Bréfritari: Ásgeir Tryggvi Friðgeirsson
Dagsetning: A-1895-10-26
Skrifað á: Geirseyri  V-Barð.

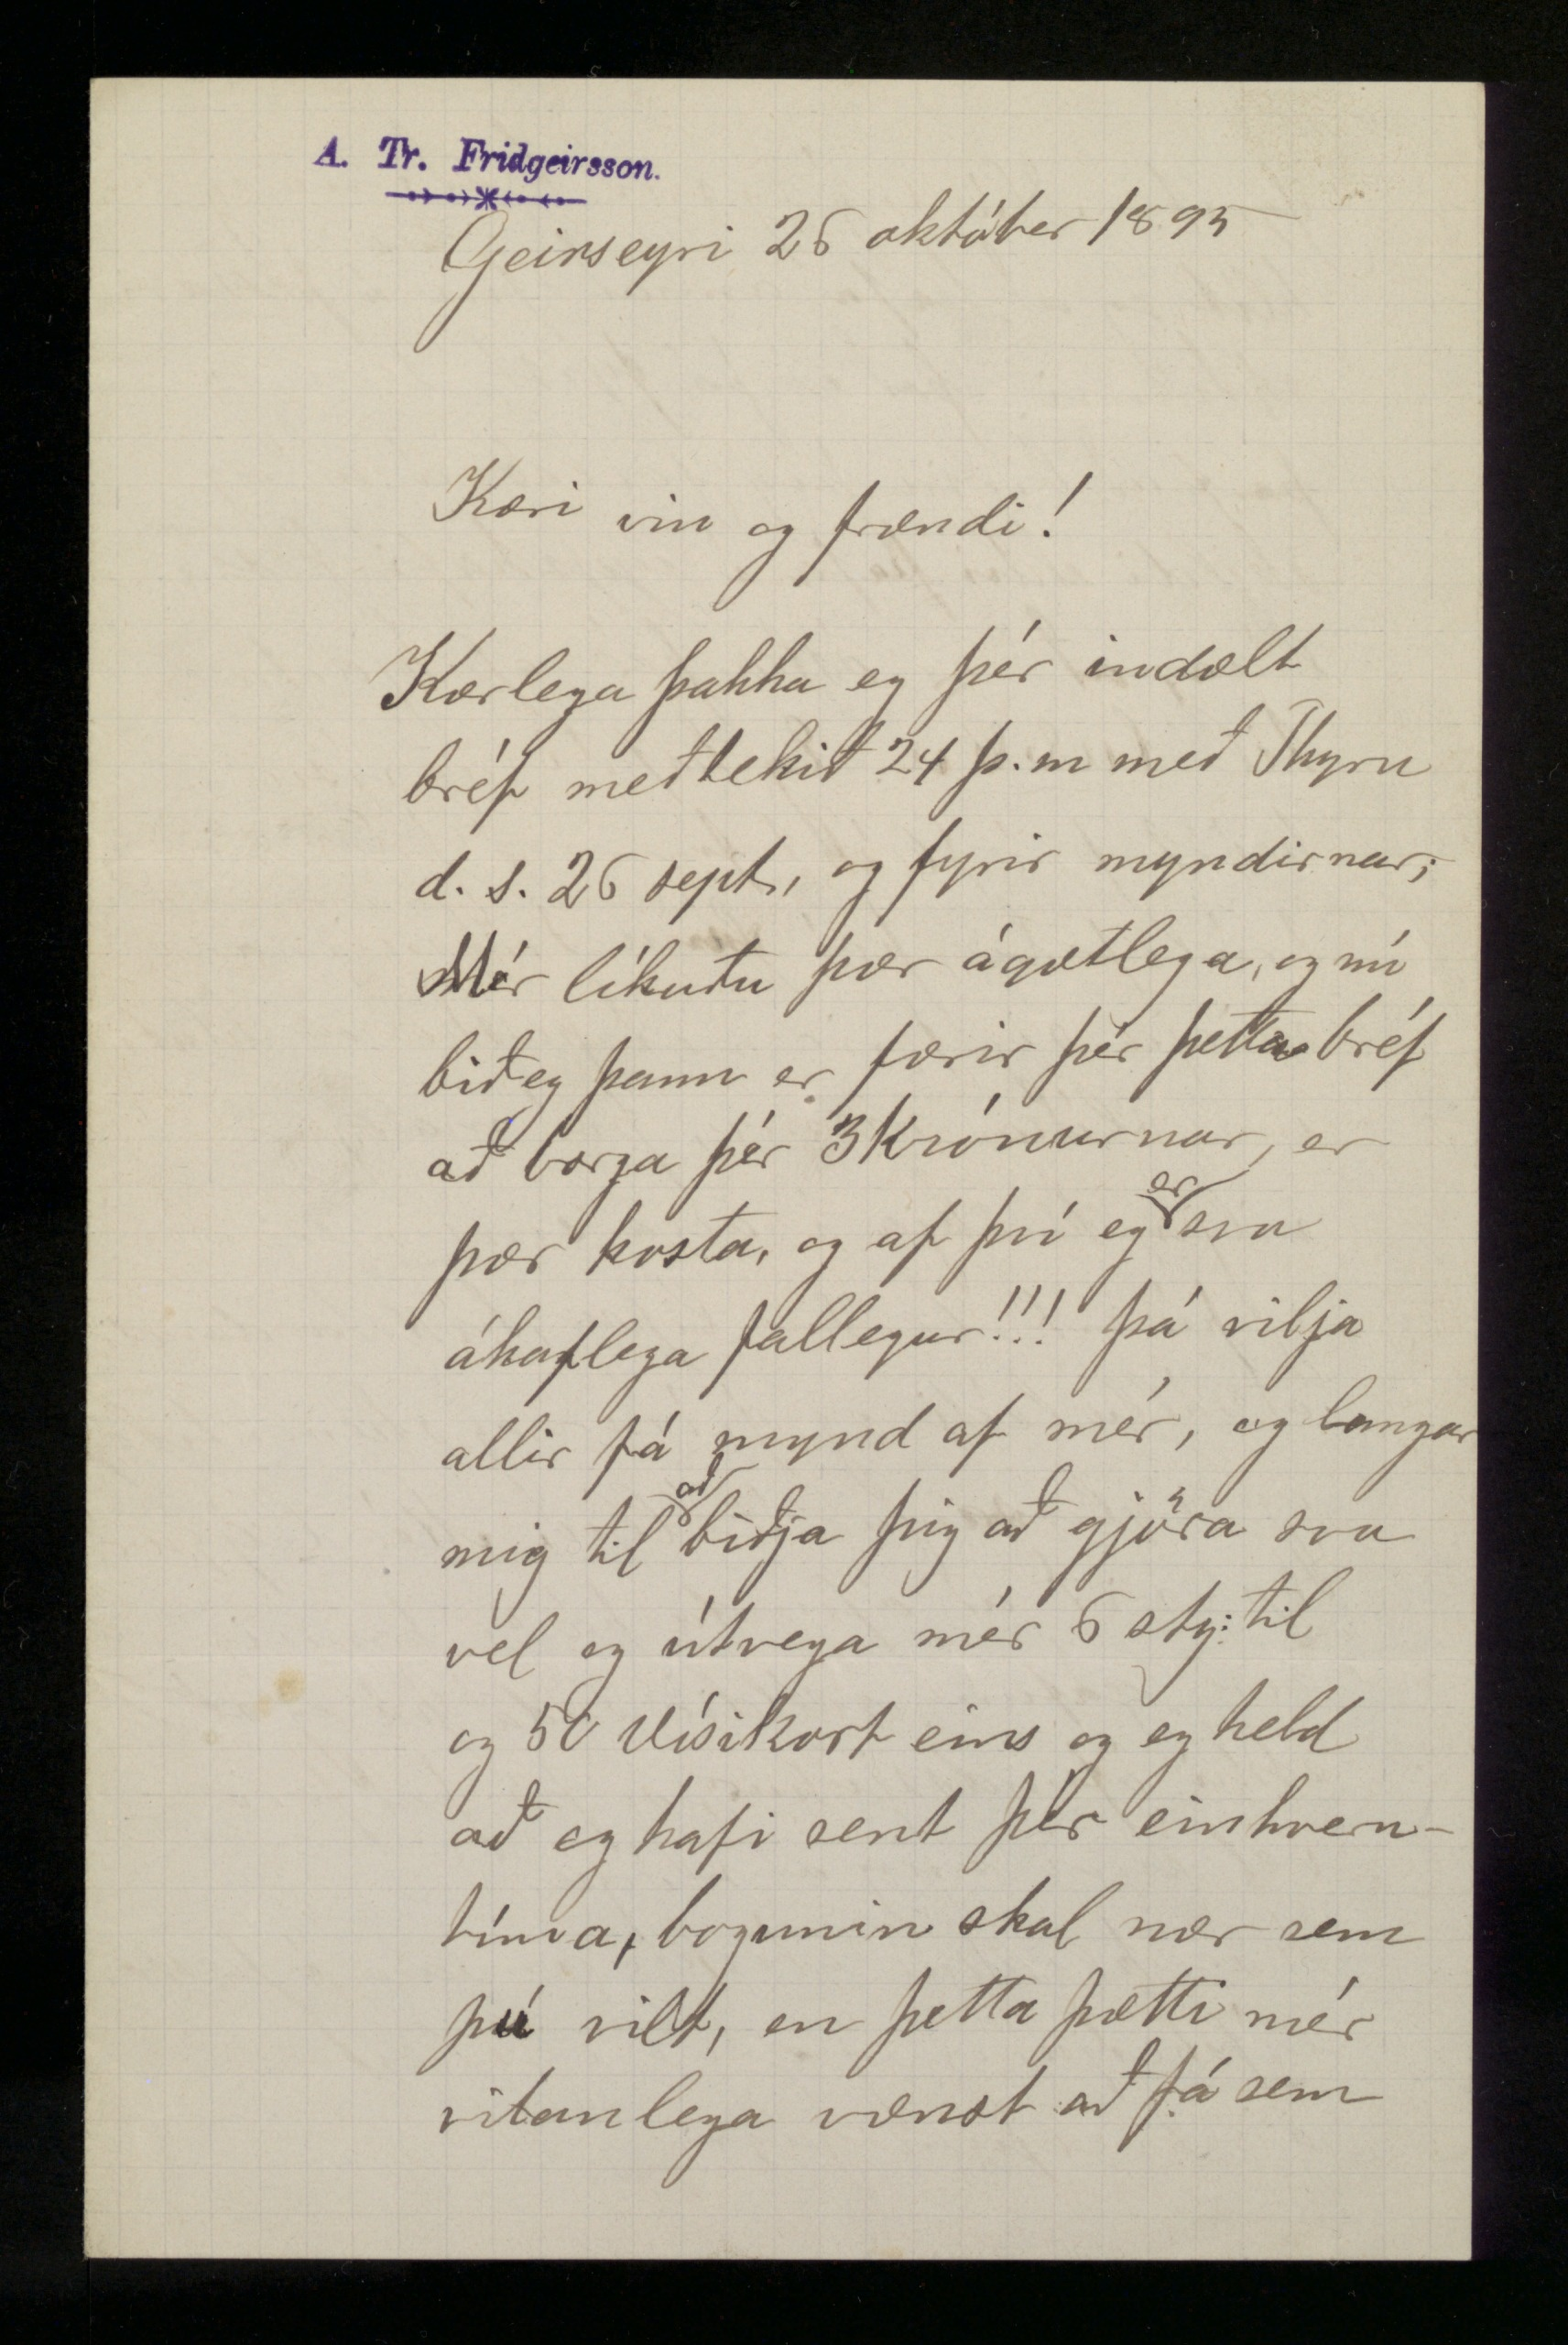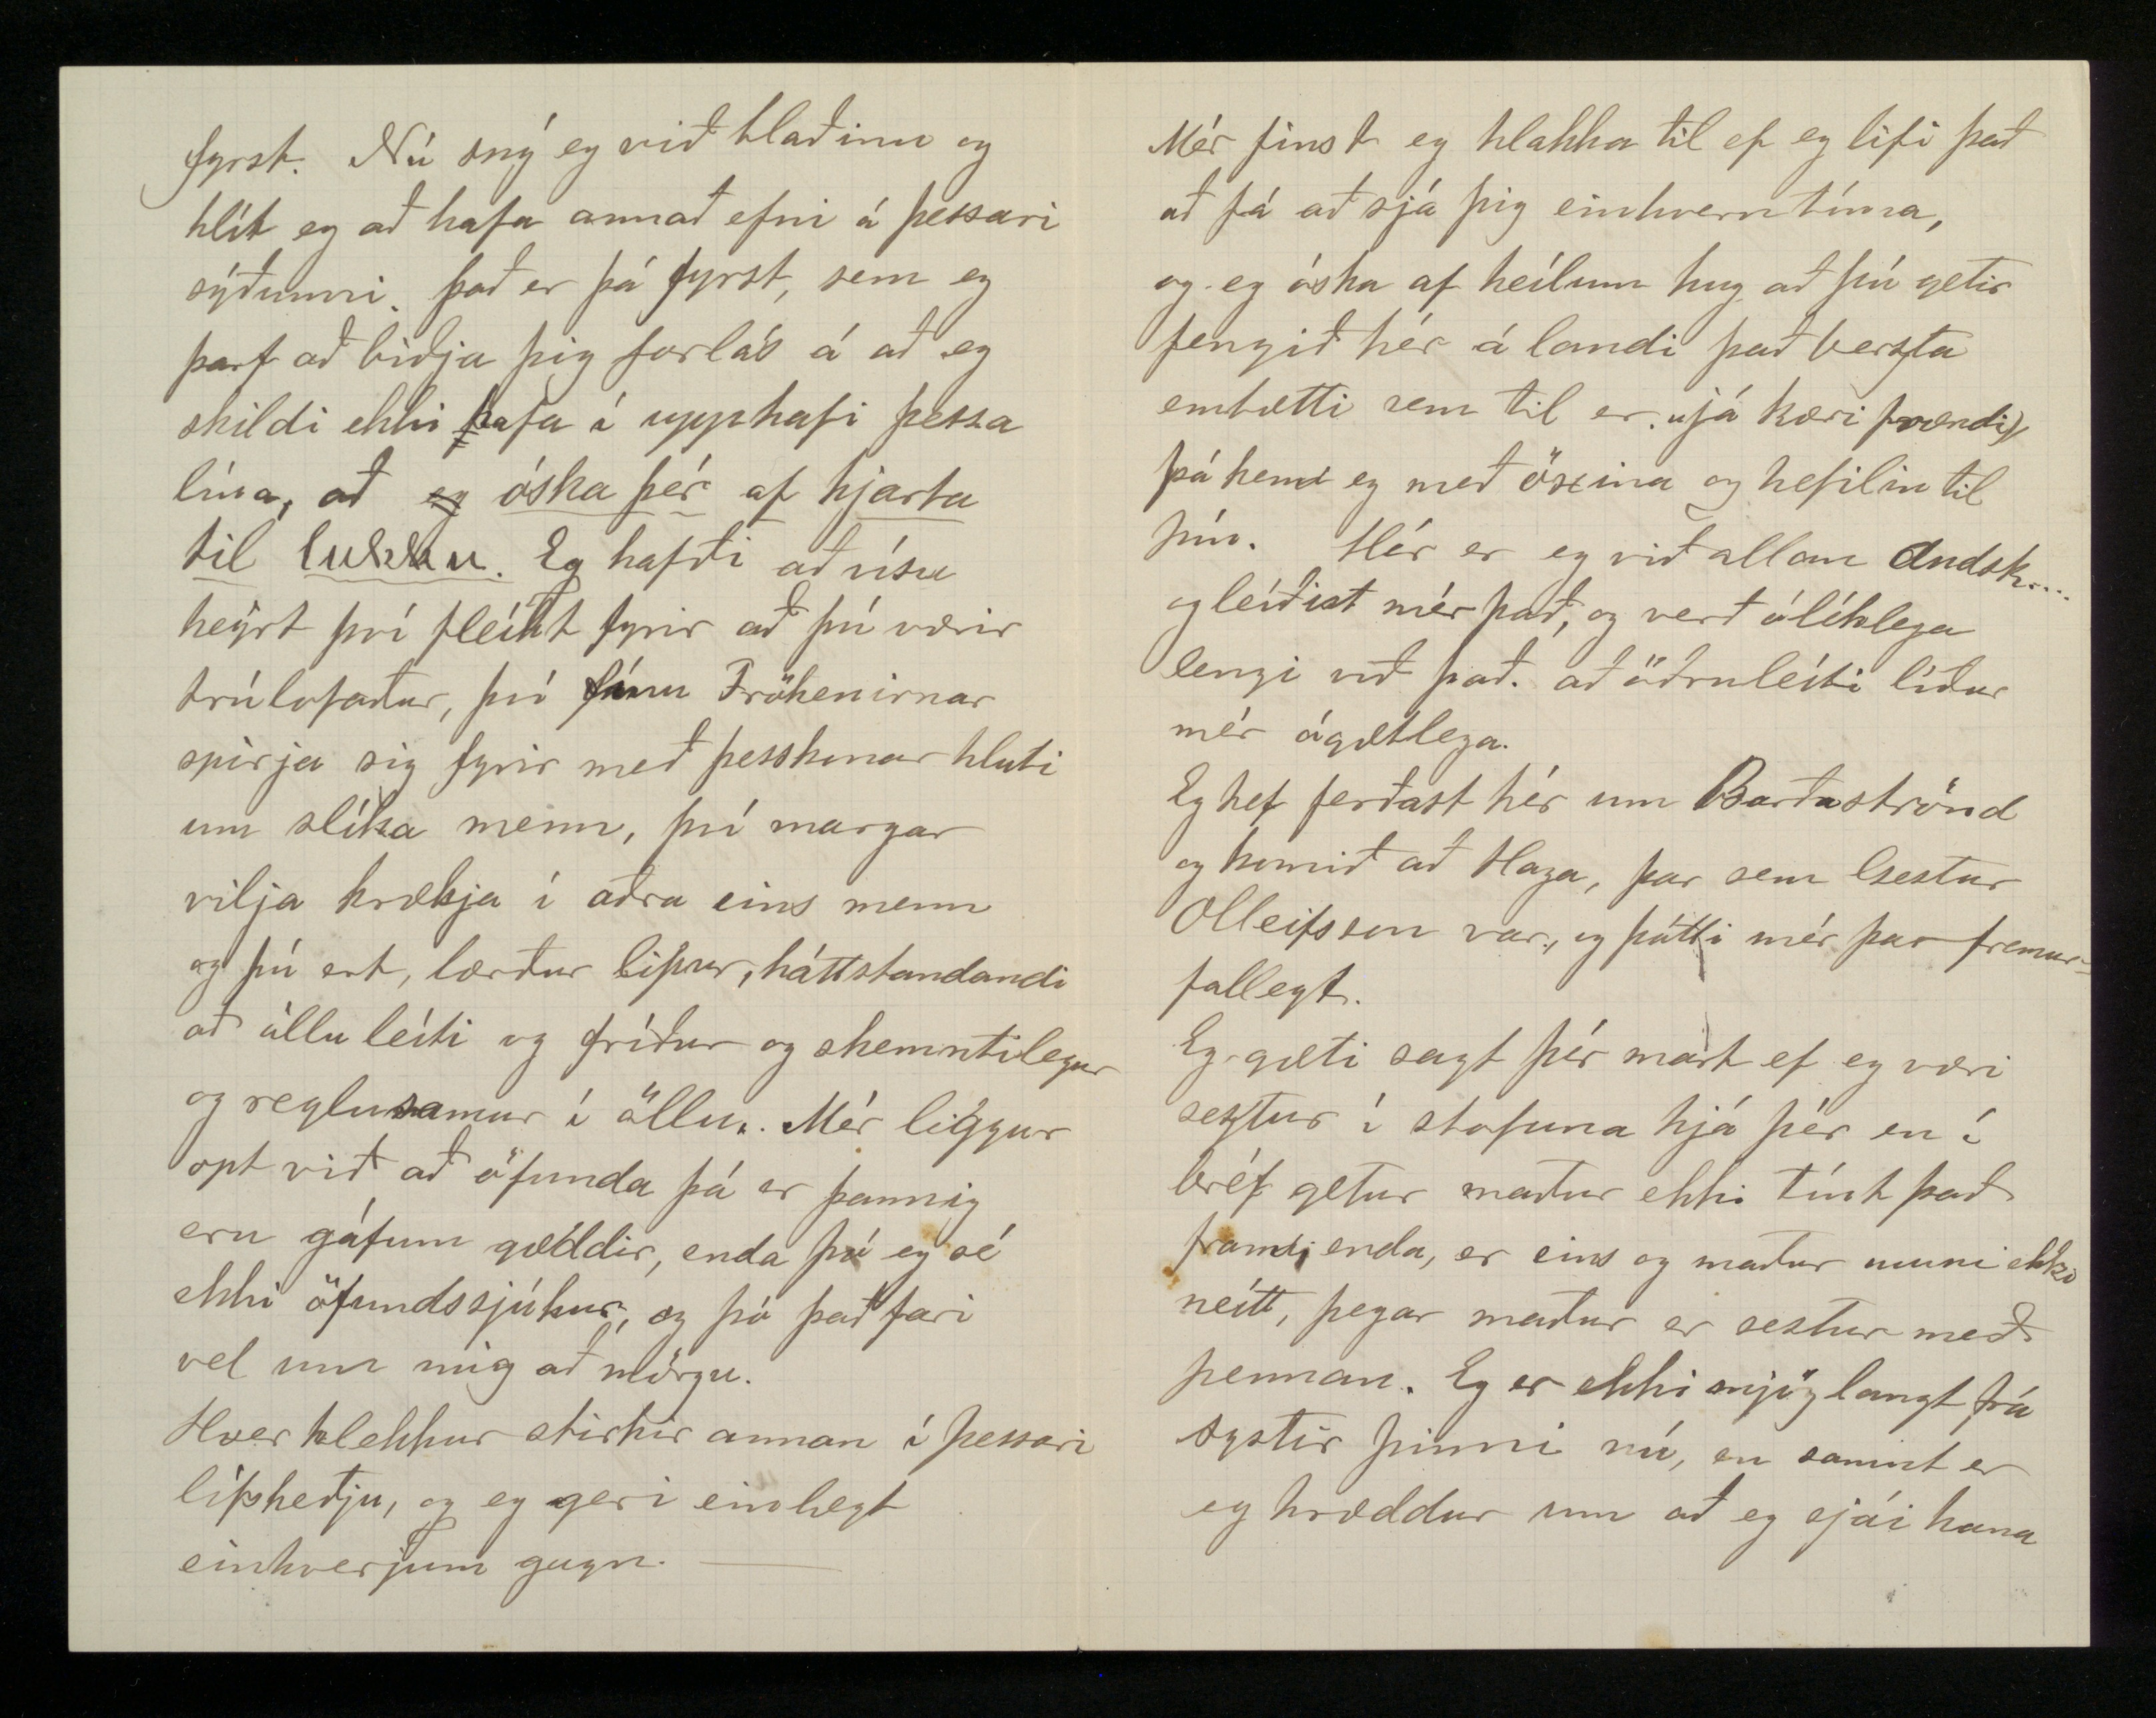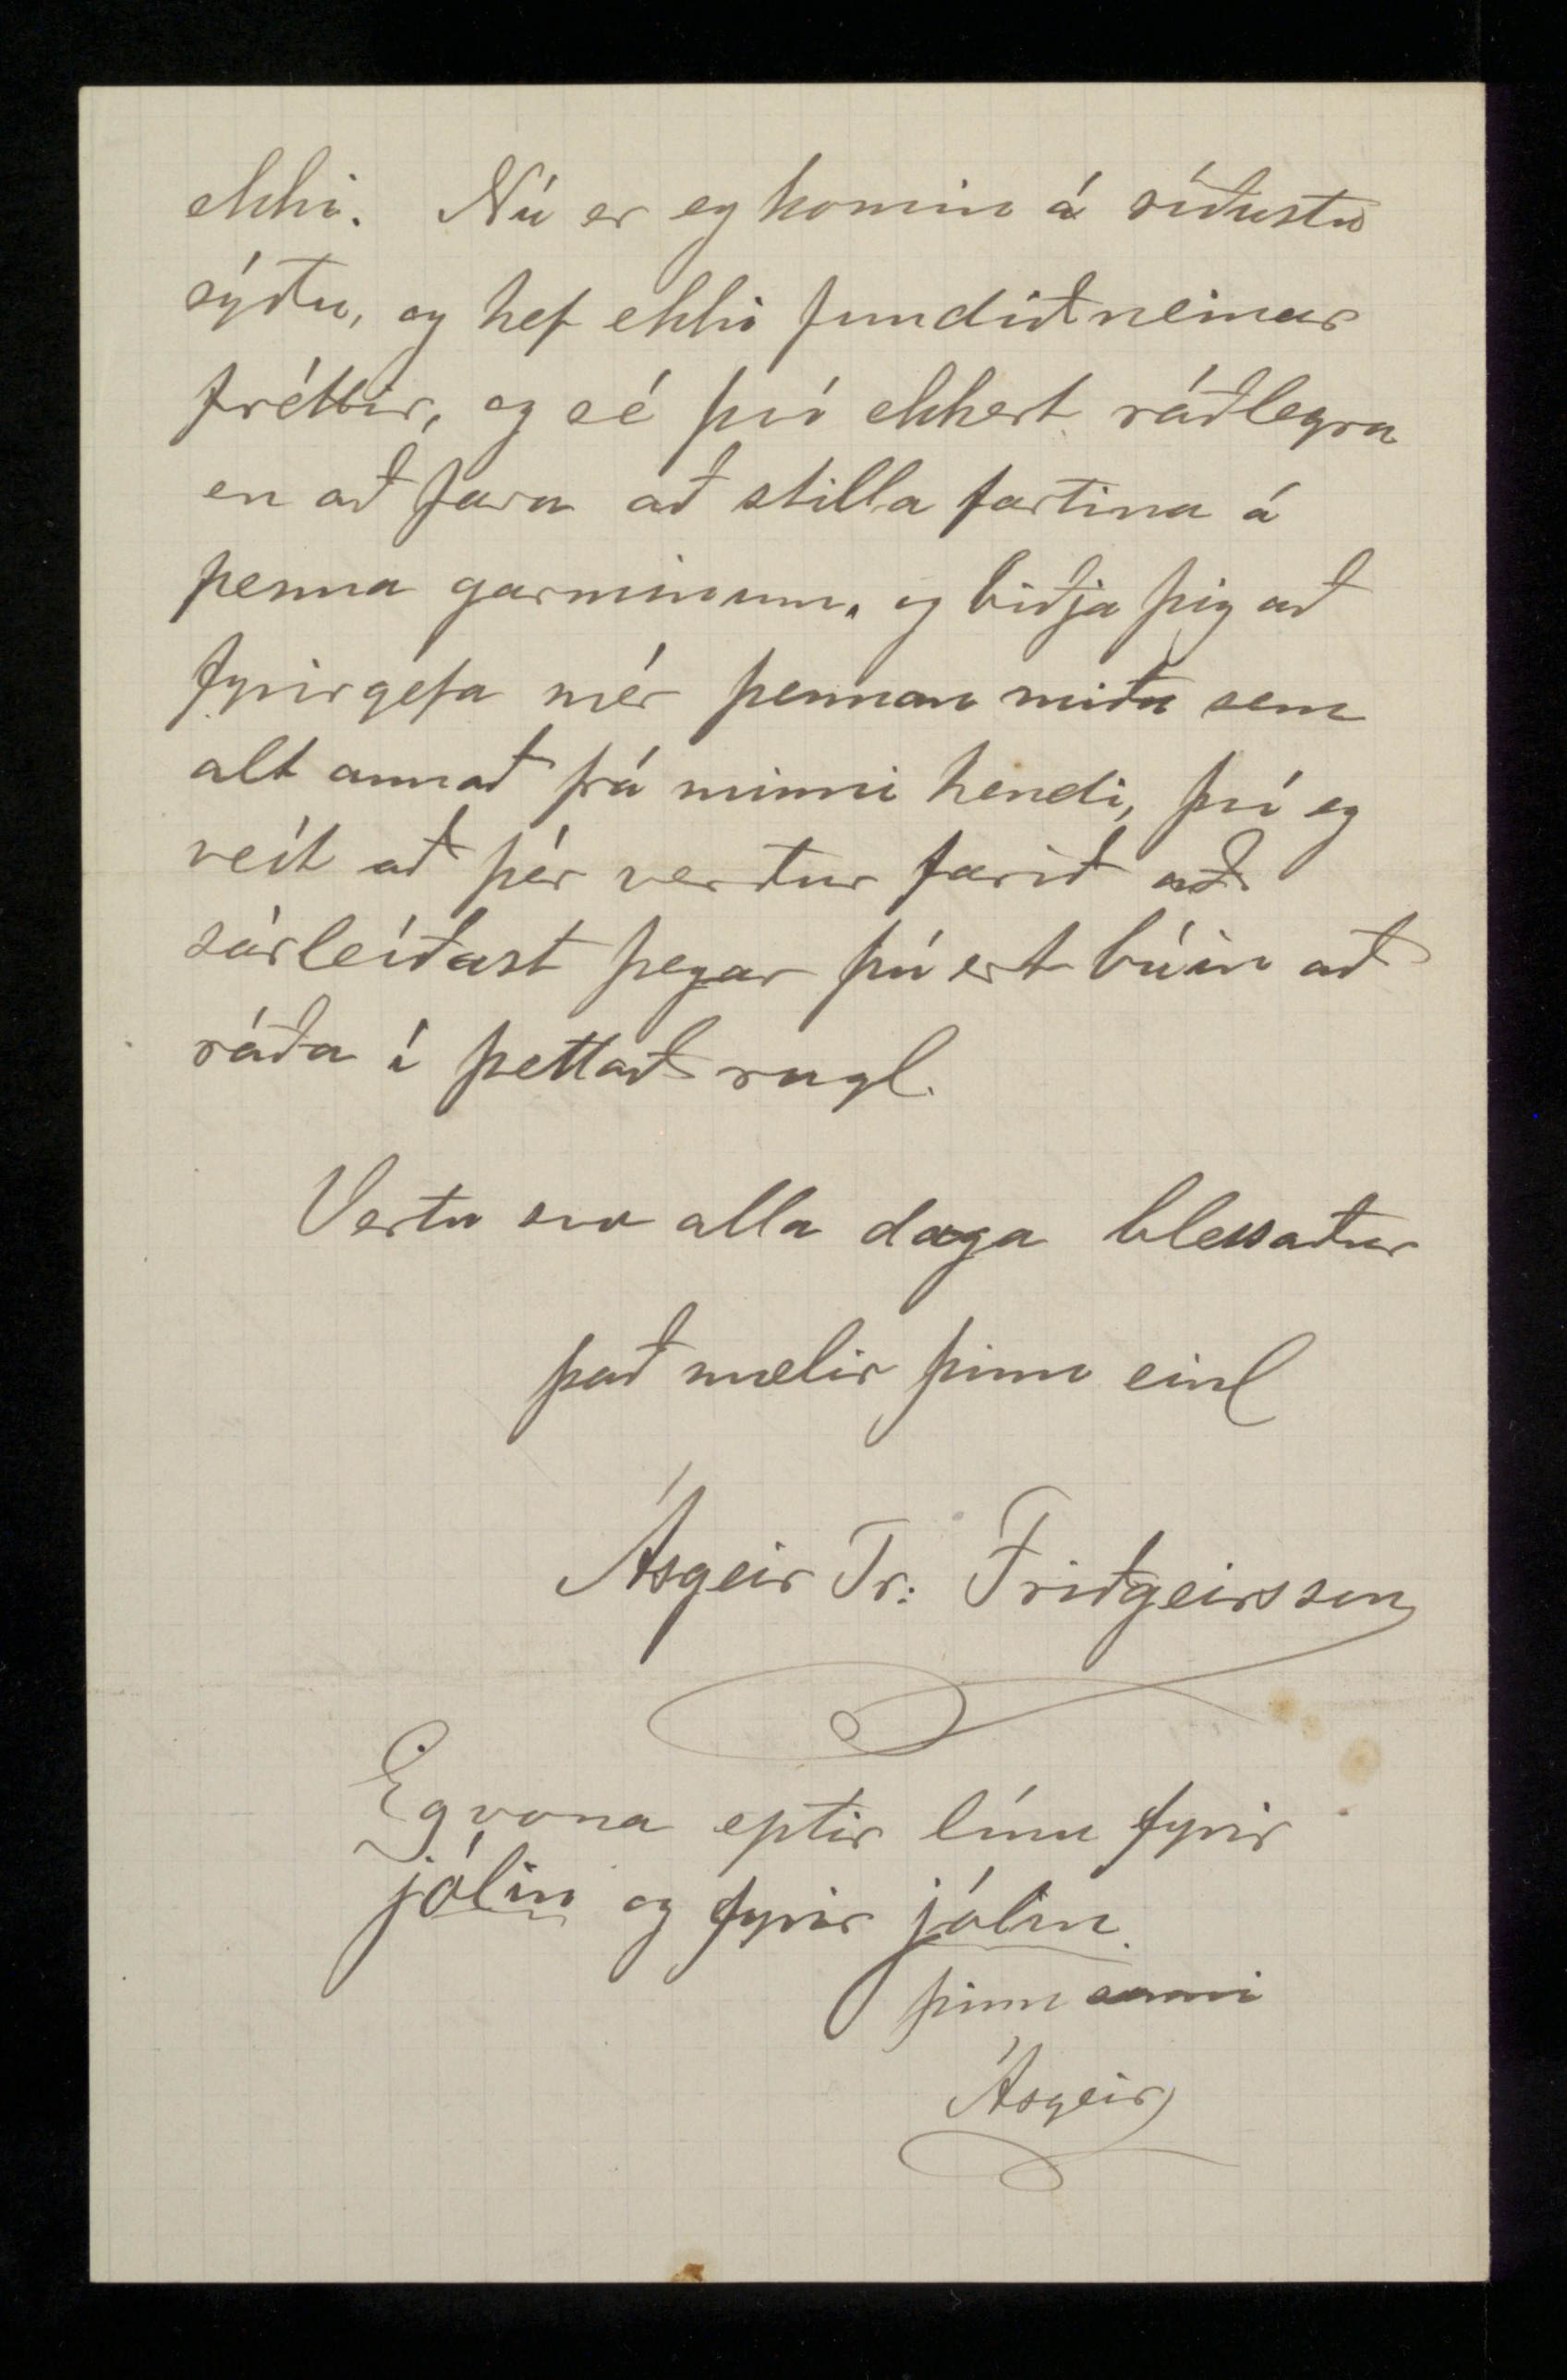

Geirseyri 26. október 1895
Kæri vin og frændi!
Kærlega þakka eg þér indælt bréf meðtekið 24 þ.m með
Thyru
d.s. 26 sept, og fyrir myndirnar. Mér líkuðu þær ágætlega, og nú bið eg þann er færir þér þetta bréf að borga þér 3 krónunar, er þær kosta, og af því eg
er
svo ákaflega fallegur!!! þá vilja allir fá mynd af mér, og langar mig til
að
biðja þig að gjöra svo vel og útvega mér 6 sty: til og 50 Vísikort eins og eg held að eg hafi sent þér einhverntíma, bogunin skal nær sem þú vilt, en þetta þætti mér vitanlega vænst að fá sem
fyrst. Nú sný eg við blaðinu og hlít eg að hafa annað efni á þessari sýðunni. Það er þá fyrst, sem eg þarf að biðja þig forlás á að eg skildi ekki hafa í upphafi þessa línu, að
eg
óska þér af hjarta til lukku.
Eg hafði að vísu heyrt því fleikt fyrir að þú værir trúlofaður, því fínu Frökenirnar spirja sig fyrir með þesskonar hluti um slíka menn, því margar vilja krækja í aðra eins menn og þú ert, lærður lipur, háttstandandi að öllu leíti og fríður og skemmtilegur og reglusamur í öllu. Mér liggur opt við að öfunda þá er þannig eru gáfum gæddir, enda þó eg sé ekki öfundssjúkur, og þó það fari vel um mig að mörgu.
Hver hlekkur stirkir annan í þessari lífskeðju, og eg geri einlægt einhverjum gagn. -
Mér finst eg hlakka til ef eg lifi það að fá að sjá þig einhverntíma, og eg óska af heílum hug að þú getir fengið hér á landi það berzta embætti sem til er. Já kæri frændi, þá kem eg með öxina og hefilin til þín. Hér er eg við allan Andsk... og leíðist mér það, og verð ólíklega lengi við það að öðruleíti líður mér ágætlega.
Eg hef ferðast hér um Barðaströnd og komið að Haga, þar sem Gestur Olleifsson var, og þótti mér þar fremur fallegt.
Eg gæti sagt þér mart ef eg væri seztur í stofuna hjá þér en í bréf getur maður ekki tínt það fram, enda er eins og maður muni ekki neitt, þegar maður er sestur með pennan. Eg er ekki mjög langt frá systir þinni nú, en samt er eg hræddur um að eg sjái hana
ekki. Nú er eg komin á síðustu sýðu, og hef ekki fundið neinar fréttir, og sé því ekkert ráðlegra en að fara að stilla fartina á penna garminum, og biðja þig að fyrirgefa mér þennan miða sem alt annað frá minni hendi, því eg veit að þér verður farið að sárleiðast þegar þú ert búin að ráða í þettað rugl.
Vertu svo alla daga blessaður
það mælir þinn einl
Ásgeir Tr: Friðgeirsson
Eg vona eptir línu fyrir
jólin
og fyrir
jólin.
Þinn sami
Ásgeir